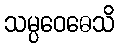
သမ္ပဝေဓေသိ